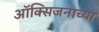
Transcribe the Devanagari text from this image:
ऑक्सिजनाच्या